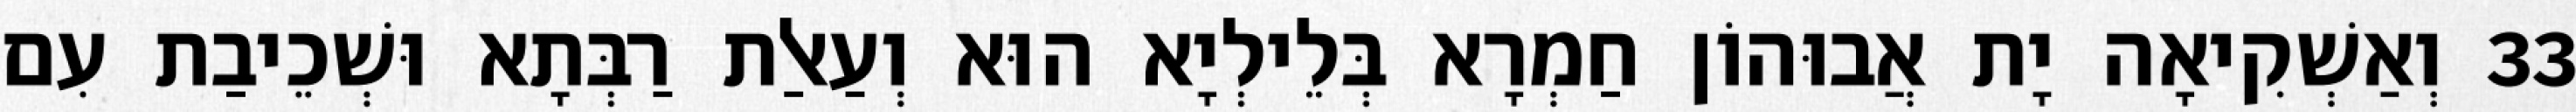
33 וְאַשְׁקִיאָה יָת אֲבוּהוֹן חַמְרָא בְּלֵילְיָא הוּא וְעַאלַת רַבְּתָא וּשְׁכֵיבַת עִם